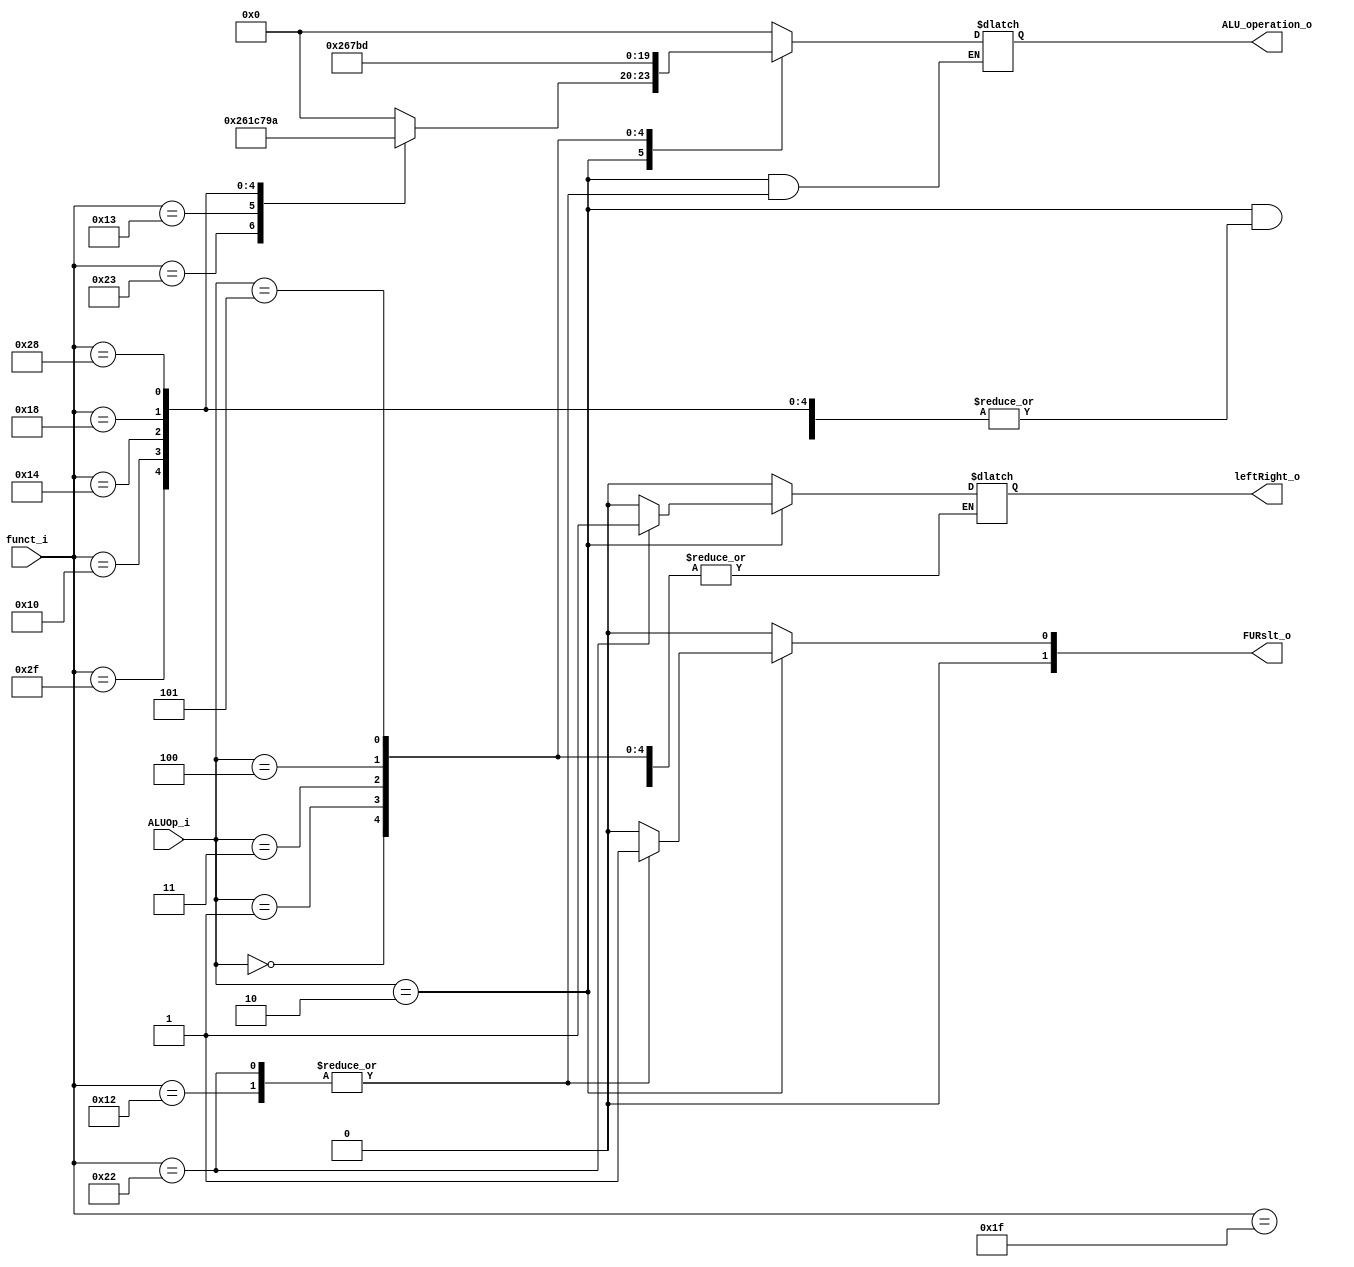
module ALU_Ctrl (
    funct_i,
    ALUOp_i,
    ALU_operation_o,
    FURslt_o,
    leftRight_o
);

  //I/O ports
  input [6-1:0] funct_i;
  input [3-1:0] ALUOp_i;

  output [4-1:0] ALU_operation_o;
  output [2-1:0] FURslt_o;
  output leftRight_o;

  //Internal Signals
  reg [4-1:0] ALU_operation_o;
  reg [2-1:0] FURslt_o;
  reg leftRight_o;

  //Main function
  /*your code here*/

	always @(*) begin
		case (ALUOp_i)
			//R_TYPE
			3'b010: begin
				case (funct_i)
				//add
				6'b100011: begin
							ALU_operation_o <= 4'b0010;
							FURslt_o <= 2'b00;
							end
				//sub
				6'b010011: begin
							ALU_operation_o <= 4'b0110;
							FURslt_o <= 2'b00;
							end
				//and
				6'b011111: begin
							ALU_operation_o <= 4'b0000;
							FURslt_o <= 2'b00;
							end
				//or
				6'b101111: begin
							ALU_operation_o <= 4'b0001;
							FURslt_o <= 2'b00;
							end
				//nor
				6'b010000: begin
							ALU_operation_o <= 4'b1100;
							FURslt_o <= 2'b00;
							end
				//slt
				6'b010100: begin
							ALU_operation_o <= 4'b0111;
							FURslt_o <= 2'b00;
							end
				//sll
				6'b010010: begin
							leftRight_o <= 1'b0;	//shift left
							FURslt_o <= 2'b01;
							end
				//srl
				6'b100010: begin
							leftRight_o <= 1'b1;	//shift right
							FURslt_o <= 2'b01;
							end
				//sllv
				6'b011000: begin
							ALU_operation_o <= 4'b1001;
							FURslt_o <= 2'b00;
							end
				//slrv
				6'b101000: begin
							ALU_operation_o <= 4'b1010;
							FURslt_o <= 2'b00;
							end
				
				default: begin
							ALU_operation_o <= 4'b0000;
							FURslt_o <= 2'b00;
							leftRight_o <= 1'b0;
							end
					endcase
				end
				
			//LW, SW, ADDI
			3'b000:	begin
					ALU_operation_o <= 4'b0010;	//add
					FURslt_o <= 2'b00;
					end
			
			//BEQ, BNE
			3'b001: begin
					ALU_operation_o <= 4'b0110;	//sub
					FURslt_o <= 2'b00;
					end
					
			//BLT
			3'b011: begin
					ALU_operation_o <= 4'b0111;	//slt
					FURslt_o <= 2'b00;
					end
			
			//BNEZ			
			3'b100: begin
					ALU_operation_o <= 4'b1011;	
					FURslt_o <= 2'b00;
					end
					
			//BGEZ			
			3'b101: begin
					ALU_operation_o <= 4'b1101;	
					FURslt_o <= 2'b00;
					end
			
			default: begin
					ALU_operation_o <= 4'b0000;
					FURslt_o <= 2'b00;
					leftRight_o <= 1'b0;
					end
			
		endcase
	end

endmodule